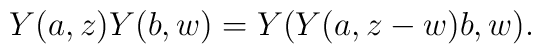
Y(a,z) Y(b,w) = Y ( Y(a, z-w) b, w).